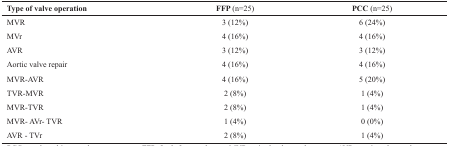
<table><thead><tr><td><b>Type of valve operation</b></td><td><b>FFP (n=25)</b></td><td><b>PCC (n=25)</b></td></tr></thead><tbody><tr><td>MVR</td><td>3 (12%)</td><td>6 (24%)</td></tr><tr><td>MVr</td><td>4 (16%)</td><td>4 (16%)</td></tr><tr><td>AVR </td><td>3 (12%)</td><td>3 (12%)</td></tr><tr><td>Aortic valve repair </td><td>4 (16%)</td><td>4 (16%)</td></tr><tr><td>MVR-AVR</td><td>4 (16%)</td><td>5 (20%)</td></tr><tr><td>TVR-MVR </td><td>2 (8%)</td><td>1 (4%)</td></tr><tr><td>MVR-TVR </td><td>2 (8%)</td><td>1 (4%)</td></tr><tr><td>MVR- AVr- TVR</td><td>1 (4%)</td><td>0 (0%)</td></tr><tr><td>AVR - TVr </td><td>2 (8%)</td><td>1 (4%)</td></tr></tbody></table>